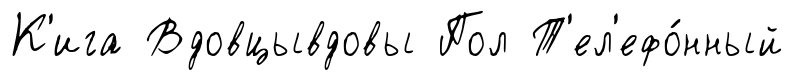
К'ига Вдовцывдовы Пол Т'ел'ефо́нный